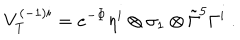
V _ { T } ^ { ( - 1 ) i } = e ^ { - \Phi } \eta ^ { i } \otimes \sigma _ { 1 } \otimes \tilde { \Gamma } ^ { 5 } \Gamma ^ { i } \ .